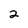
Character: 2